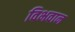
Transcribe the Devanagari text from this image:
विभवान